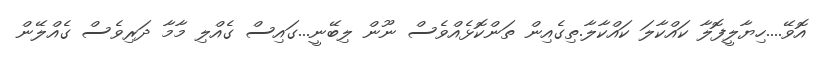
އޮވޭ....ހިޔާލީފޮލާ ކައްކާލަ ކައްކާލާ.ތިގެއިން ތަންކޮޅެއްވެސް ނޫން ލިބޭނީ...ގައިސް ގެއްލި މާމާ ދަރިވެސް ގެއްލޭން